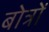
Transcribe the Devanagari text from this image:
बोत्रों